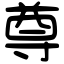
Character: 尊